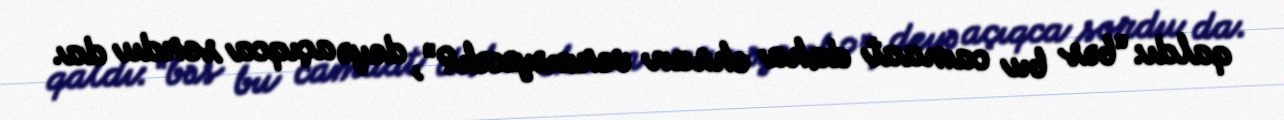
qaldı: “bəs bu camaat daha ehsan verməyəcək?”, deyə açıqca sordu da.